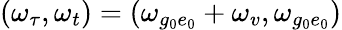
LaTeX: (\omega_{\tau},\omega_{t})=(\omega_{g_{0}e_{0}}+\omega_{v},\omega_{g_{0}e_{0}})